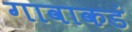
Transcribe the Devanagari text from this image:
गावाकडं